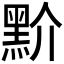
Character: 𪐱